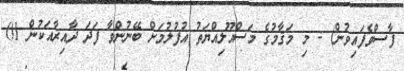
ފާސްވެފައިވުން) - މި މަޤާމުގެ މަސްއޫލިއްޔަތު އުފުލުމަށް ބޭނުންވާ ފަދަ ދާއިރާއަކުން 01